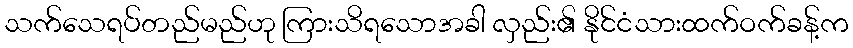
သက်သေရပ်တည်မည်ဟု ကြားသိရသောအခါ လှည်း၏ နိုင်ငံသားထက်ဝက်ခန့်က